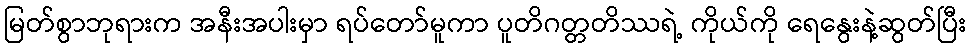
မြတ်စွာဘုရားက အနီးအပါးမှာ ရပ်တော်မူကာ ပူတိဂတ္တတိဿရဲ့ ကိုယ်ကို ရေနွေးနဲ့ဆွတ်ပြီး